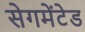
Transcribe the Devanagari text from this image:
सेगमेंटेड